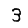
Digit: 3